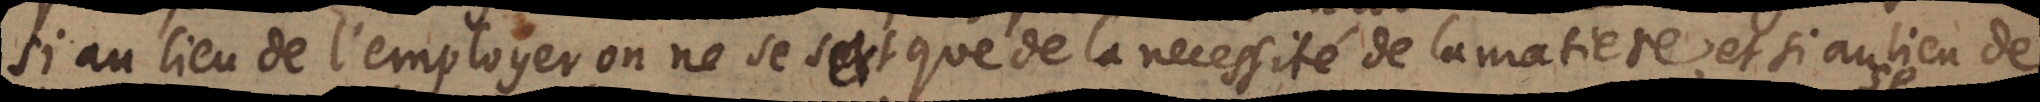
si au lieu de l’employer on ne se sert que de la necessité de la matiere, et si au lieu de